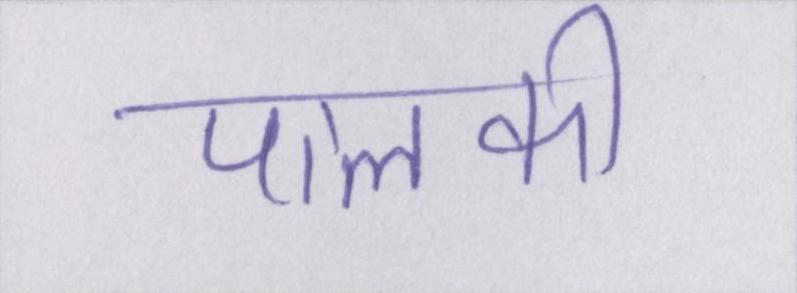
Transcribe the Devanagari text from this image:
पालकी